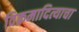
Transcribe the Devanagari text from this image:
विक्रमादित्याचा